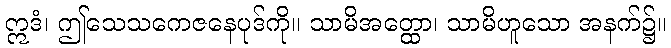
ဣဒံ၊ ဤသေသကေဇနေပုဒ်ကို။ သာမိအတ္ထော၊ သာမိဟူသော အနက်၌။